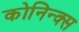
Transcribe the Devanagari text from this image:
कोनिन्क्स